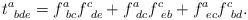
LaTeX: \begin{align*}t_{\ bde}^a=f_{\ bc}^af_{\ de}^c+f_{\ dc}^af_{\ eb}^c+f_{\ ec}^af_{\ bd}^c.\end{align*}